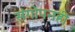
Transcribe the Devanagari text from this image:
संगोपनही